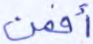
أفمن